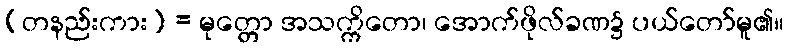
(တနည်းကား) = မုတ္တော အသက္ကိတော၊ အောက်ဖိုလ်ခဏ၌ ပယ်တော်မူ၏။